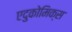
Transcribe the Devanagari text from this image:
एदुकोमिक्स